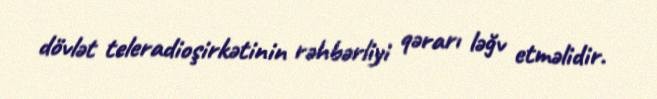
dövlət teleradioşirkətinin rəhbərliyi qərarı ləğv etməlidir.